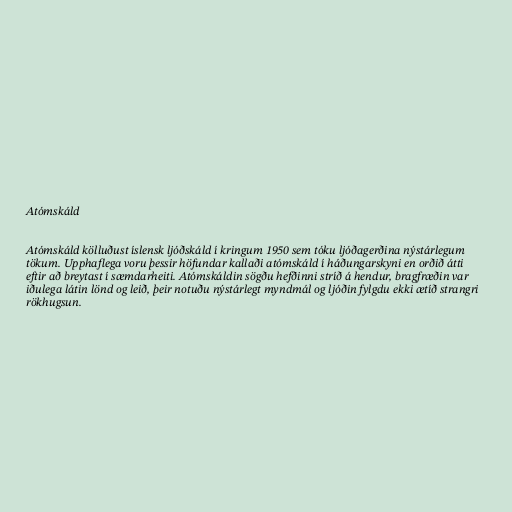
Atómskáld

Atómskáld kölluðust íslensk ljóðskáld í kringum 1950 sem tóku ljóðagerðina nýstárlegum
tökum. Upphaflega voru þessir höfundar kallaði atómskáld í háðungarskyni en orðið átti
eftir að breytast í sæmdarheiti. Atómskáldin sögðu hefðinni stríð á hendur, bragfræðin var
iðulega látin lönd og leið, þeir notuðu nýstárlegt myndmál og ljóðin fylgdu ekki ætíð strangri
rökhugsun.